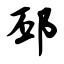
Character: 邳